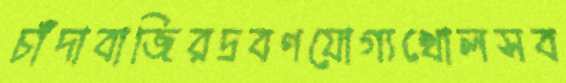
চাঁদাবাজিরদ্রবণযোগ্যখোলসব